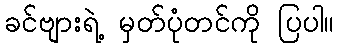
ခင်ဗျားရဲ့ မှတ်ပုံတင်ကို ပြပါ။